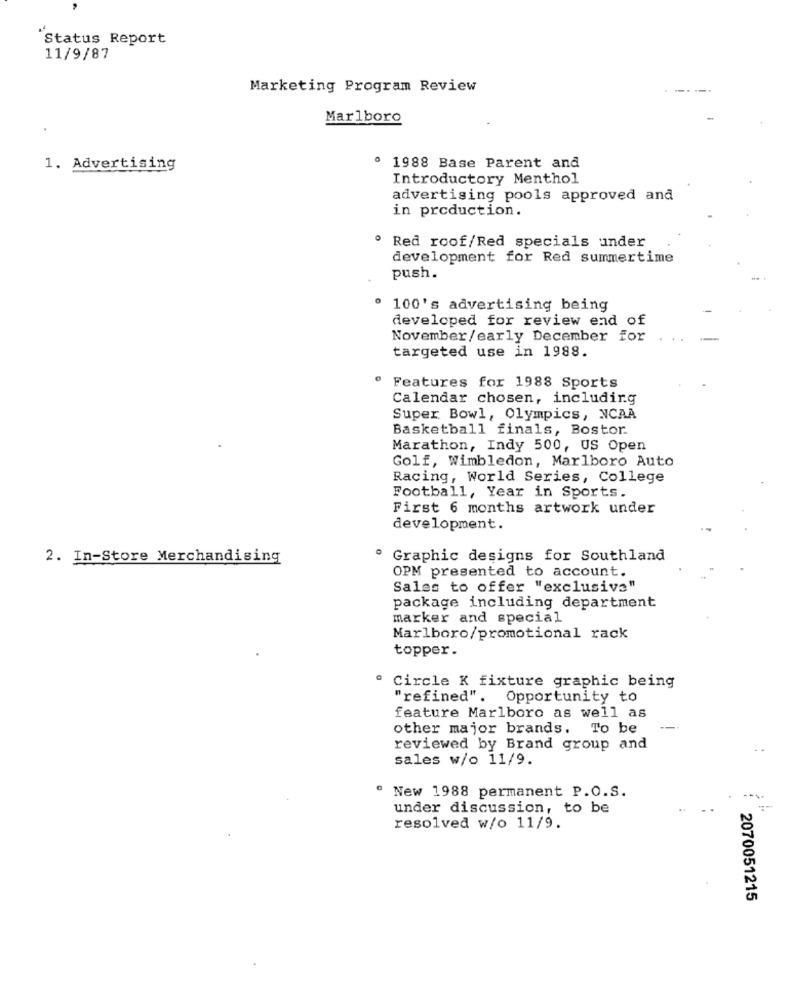
Status Report
11/9/87
Marketing Program Review
Marlboro
1. Advertising
º 1988 Base Parent and
Introductory Menthol
advertising pools approved and
in production.
. Red roof/Red specials under
development for Red summertime
push.
. 100's advertising being
developed for review end of
November/early December for
targeted use in 1988.
Features for 1988 Sports
Calendar chosen, including
Super Bowl, Olympics, NCAA
Basketball finals, Bostor.
Marathon, Indy 500, US Open
Golf, Wimbledon, Marlboro Auto
Racing, World Series, College
Football, Year in Sports.
First 6 months artwork under
development.
2. In-Store Merchandising
Graphic designs for Southland
OPM presented to account.
Sales to offer "exclusive"
package including department
marker and special
Marlboro/promotional rack
topper.
" Circle K fixture graphic being
"refined".
Opportunity to
feature Marlboro as well as
other major brands. To be
---
reviewed by Brand group and
sales w/o 11/9.
" New 1988 permanent P.O.S.
under discussion, to be
resolved w/o 11/9.
2070051215